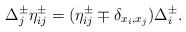
\begin{align*} \Delta_j^{\pm} \eta_{ij}^{\pm} = (\eta_{ij}^{\pm} \mp \delta_{x_i,x_j})\Delta_{i}^{\pm}.\end{align*}